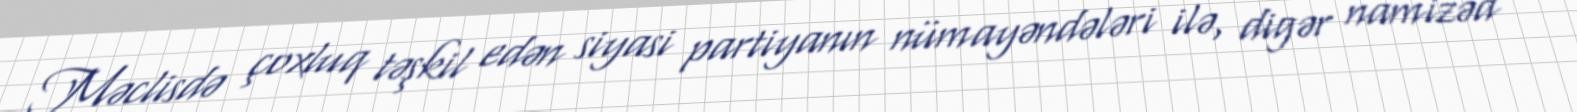
Məclisdə çoxluq təşkil edən siyasi partiyanın nümayəndələri ilə, digər namizəd